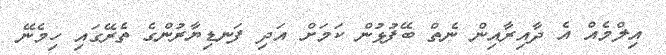
އިލްމެއް އެ ދާއިރާއިން ނެތް ބޭފުޅުން ކަމަށް އަދި ފަނޑިޔާރުންގެ ތެރޭގައި ހިމެނޭ